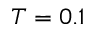
T = 0 . 1